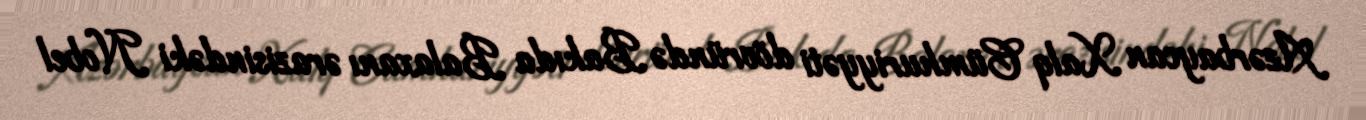
Azərbaycan Xalq Cümhuriyyəti dövründə Bakıda Balaxanı ərazisindəki Nobel